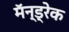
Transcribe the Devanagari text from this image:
मॅन्ड्रेक